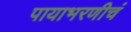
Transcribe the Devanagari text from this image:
पायाभरणीचं